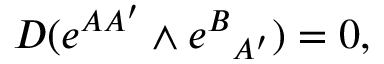
D ( e ^ { A A ^ { \prime } } \wedge e ^ { B } { } _ { A ^ { \prime } } ) = 0 ,